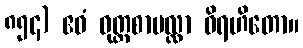
၈၅၄) ဧဝံ ဝုတ္တစာပလ္လာ ဝိရဟိတော။